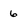
Character: 6